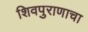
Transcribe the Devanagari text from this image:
शिवपुराणाचा